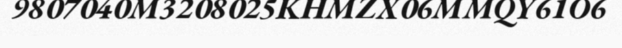
9807040M3208025KHMZX06MMQY61O6